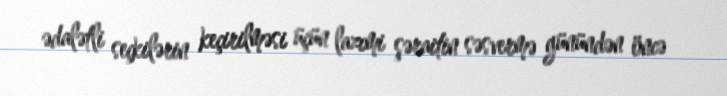
ədalətli seçkilərin keçirilməsi üçün lazımi şəraitin səsvermə günündən öncə